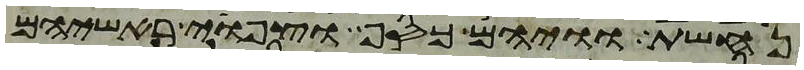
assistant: נחשת וויהם כסף וצפוי ראשיהם